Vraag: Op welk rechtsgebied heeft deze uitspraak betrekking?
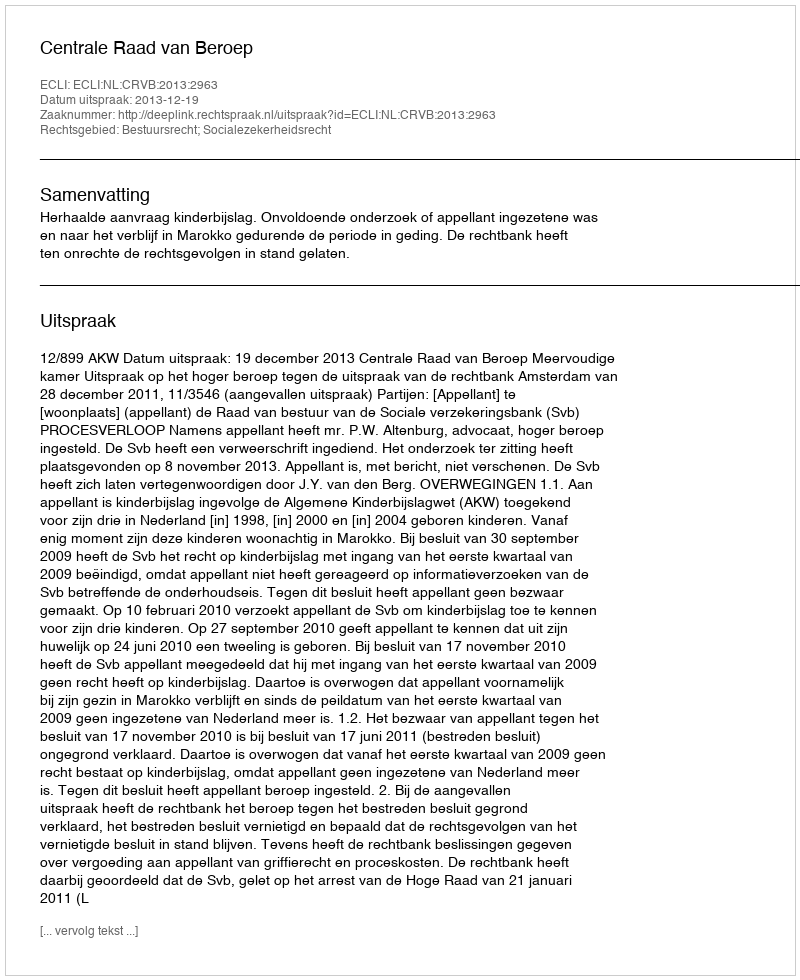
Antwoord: Bestuursrecht; Socialezekerheidsrecht